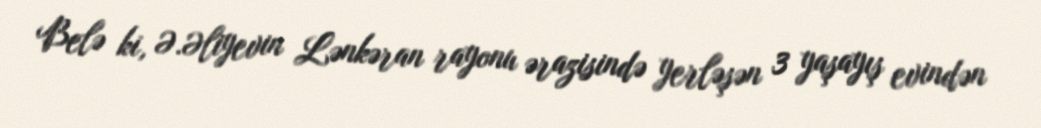
Belə ki, Ə.Əliyevin Lənkəran rayonu ərazisində yerləşən 3 yaşayış evindən